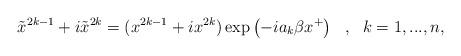
LaTeX: \begin{align*}\tilde{x}^{2k-1} + i \tilde{x}^{2k}= ( x^{2k-1} + i x^{2k} ) \exp \left( - i a_k \beta x^+ \right)\ \ , \ \ k=1,...,n,\end{align*}